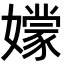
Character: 𡣘